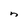
Character: n